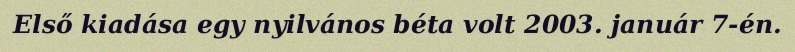
Első kiadása egy nyilvános béta volt 2003. január 7-én.